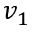
v _ { 1 }